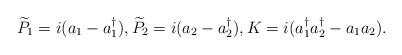
LaTeX: \begin{align*}\widetilde{P}_1=i(a_1-a_1^{\dagger}),\widetilde{P}_2=i(a_2-a_2^{\dagger}),K=i(a_1^{\dagger}a_2^{\dagger}-a_{1}a_{2}).\end{align*}